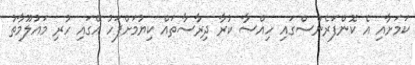
ކަމަށާއި އެ ކޮންފަރެންސްގައި ހިއްސާ ކުރާ ދިރާސާތައް ކިޔުމަށްފަހު އޭގައި ހުރި މައުލޫމާތު